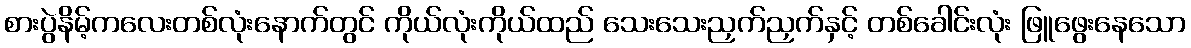
စားပွဲနိမ့်ကလေးတစ်လုံးနောက်တွင် ကိုယ်လုံးကိုယ်ထည် သေးသေးညှက်ညှက်နှင့် တစ်ခေါင်းလုံး ဖြူဖွေးနေသော